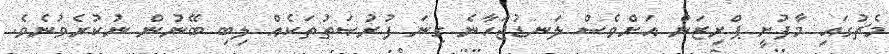
މެޗުގައި މާފުށީ ޕްރިޒަން އަށްވެސް ލަނޑުޖަހާނެ ގިނަ ފުރުޞަތުތަކެއް ލިބި ބޭނުން ނުކުރެވުނެވެ.